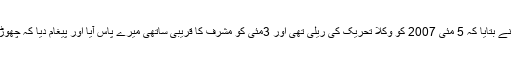
نجی ٹی وی کو انٹر ویو میں اعتزاز احسن نے بتایا کہ 5 مئی 2007 کو وکلا تحریک کی ریلی تھی اور 3مئی کو مشرف کا قریبی ساتھی میرے پاس آیا اور پیغام دیا کہ چھوڑیں ڈرائیونگ آپ کو وزیراعظم بناتے ہیں۔